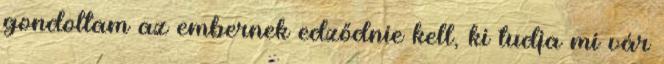
gondoltam az embernek edződnie kell, ki tudja mi vár